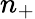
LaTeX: n_{+}